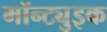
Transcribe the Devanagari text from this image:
मॉन्ट्युइक